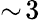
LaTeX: \sim\! 3